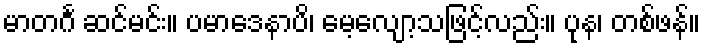
မာတင်္ဂ ဆင်မင်း။ ပမာဒေနာပိ၊ မေ့လျော့သဖြင့်လည်း။ ပုန၊ တစ်ဖန်။